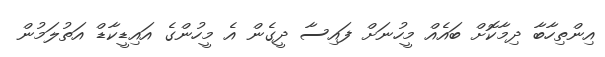
އިންތިހާބާ ދިމާކޮށް ބައެއް މީހުނަށް ފައިސާ ދީގެން އެ މީހުންގެ އައިޑީކާޑް އަތުލަމުން